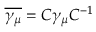
\overline { { { \gamma _ { \mu } } } } = C \gamma _ { \mu } C ^ { - 1 }